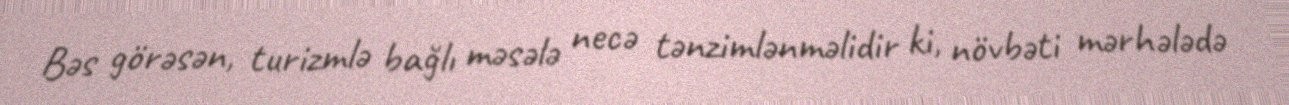
Bəs görəsən, turizmlə bağlı məsələ necə tənzimlənməlidir ki, növbəti mərhələdə